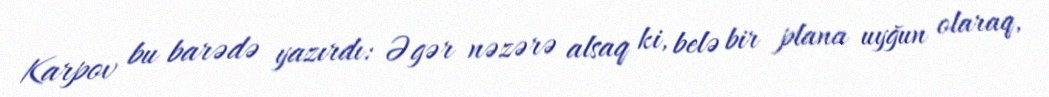
Karpov bu barədə yazırdı: Əgər nəzərə alsaq ki, belə bir plana uyğun olaraq,